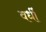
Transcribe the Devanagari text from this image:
वर्धी